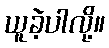
ယူခဲ့ပါလို့။